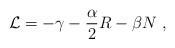
LaTeX: \begin{align*}{\cal L} = - \gamma - \frac{\alpha}{2} R- \beta N \ ,\end{align*}